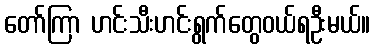
တော်ကြာ ဟင်းသီးဟင်းရွက်တွေဝယ်ရဦးမယ်။